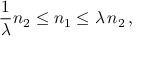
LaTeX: \frac { 1 } { \lambda } n _ { 2 } \leq n _ { 1 } \leq \lambda \, n _ { 2 } \, ,